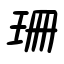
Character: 珊